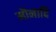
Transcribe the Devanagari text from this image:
मौनादि